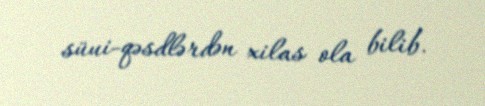
süui-qəsdlərdən xilas ola bilib.